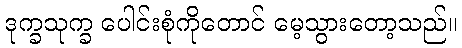
ဒုက္ခသုက္ခ ပေါင်းစုံကိုတောင် မေ့သွားတော့သည်။